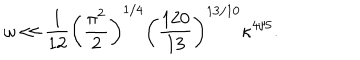
\omega \ll \frac { 1 } { 1 2 } \left( \frac { \pi ^ { 2 } } { 2 } \right) ^ { 1 / 4 } \left( \frac { 1 2 0 } { 1 3 } \right) ^ { 1 3 / 1 0 } \kappa ^ { 4 / 5 } .